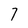
Character: 7